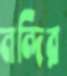
নন্দির